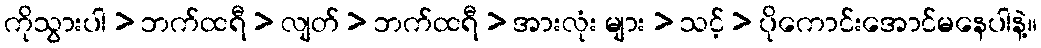
ကိုသွားပါ > ဘက်ထရီ > လျတ် > ဘက်ထရီ > အားလုံး များ > သင့် > ပိုကောင်းအောင်မနေပါနဲ့။